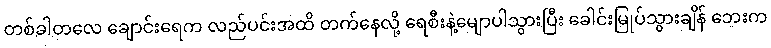
တစ်ခါတလေ ချောင်းရေက လည်ပင်းအထိ တက်နေလို့ ရေစီးနဲ့မျောပါသွားပြီး ခေါင်းမြုပ်သွားချိန် ဘေးက